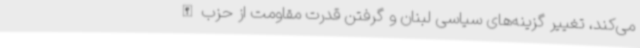
می‌کند، تغییر گزینه‌های سیاسی لبنان و گرفتن قدرت مقاومت از حزب‌الله